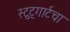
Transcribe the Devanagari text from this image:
स्टुट्गार्टचा